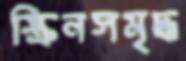
স্ক্রিনসমৃদ্ধ